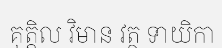
គុត្តិល វិមាន វត្ថ ទាយិកា